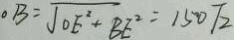
O B = \sqrt { O E ^ { 2 } + B E ^ { 2 } } = 1 5 0 \sqrt { 2 }